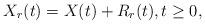
LaTeX: \begin{align*}X_r(t) = X(t) + R_r(t), t \geq 0,\end{align*}